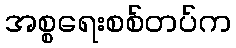
အစ္စရေးစစ်တပ်က